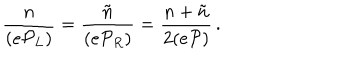
\frac { n } { ( e { \cal P } _ { L } ) } = \frac { \tilde { n } } { ( e { \cal P } _ { R } ) } = \frac { n + \tilde { n } } { 2 ( e { \cal P } ) } \, .